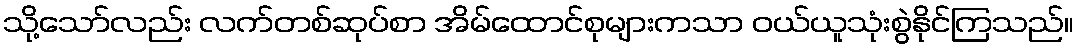
သို့သော်လည်း လက်တစ်ဆုပ်စာ အိမ်ထောင်စုများကသာ ဝယ်ယူသုံးစွဲနိုင်ကြသည်။